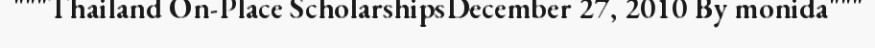
"""Thailand On-Place ScholarshipsDecember 27, 2010 By monida"""